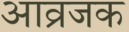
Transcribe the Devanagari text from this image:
आव्रजक